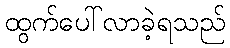
ထွက်ပေါ်လာခဲ့ရသည်